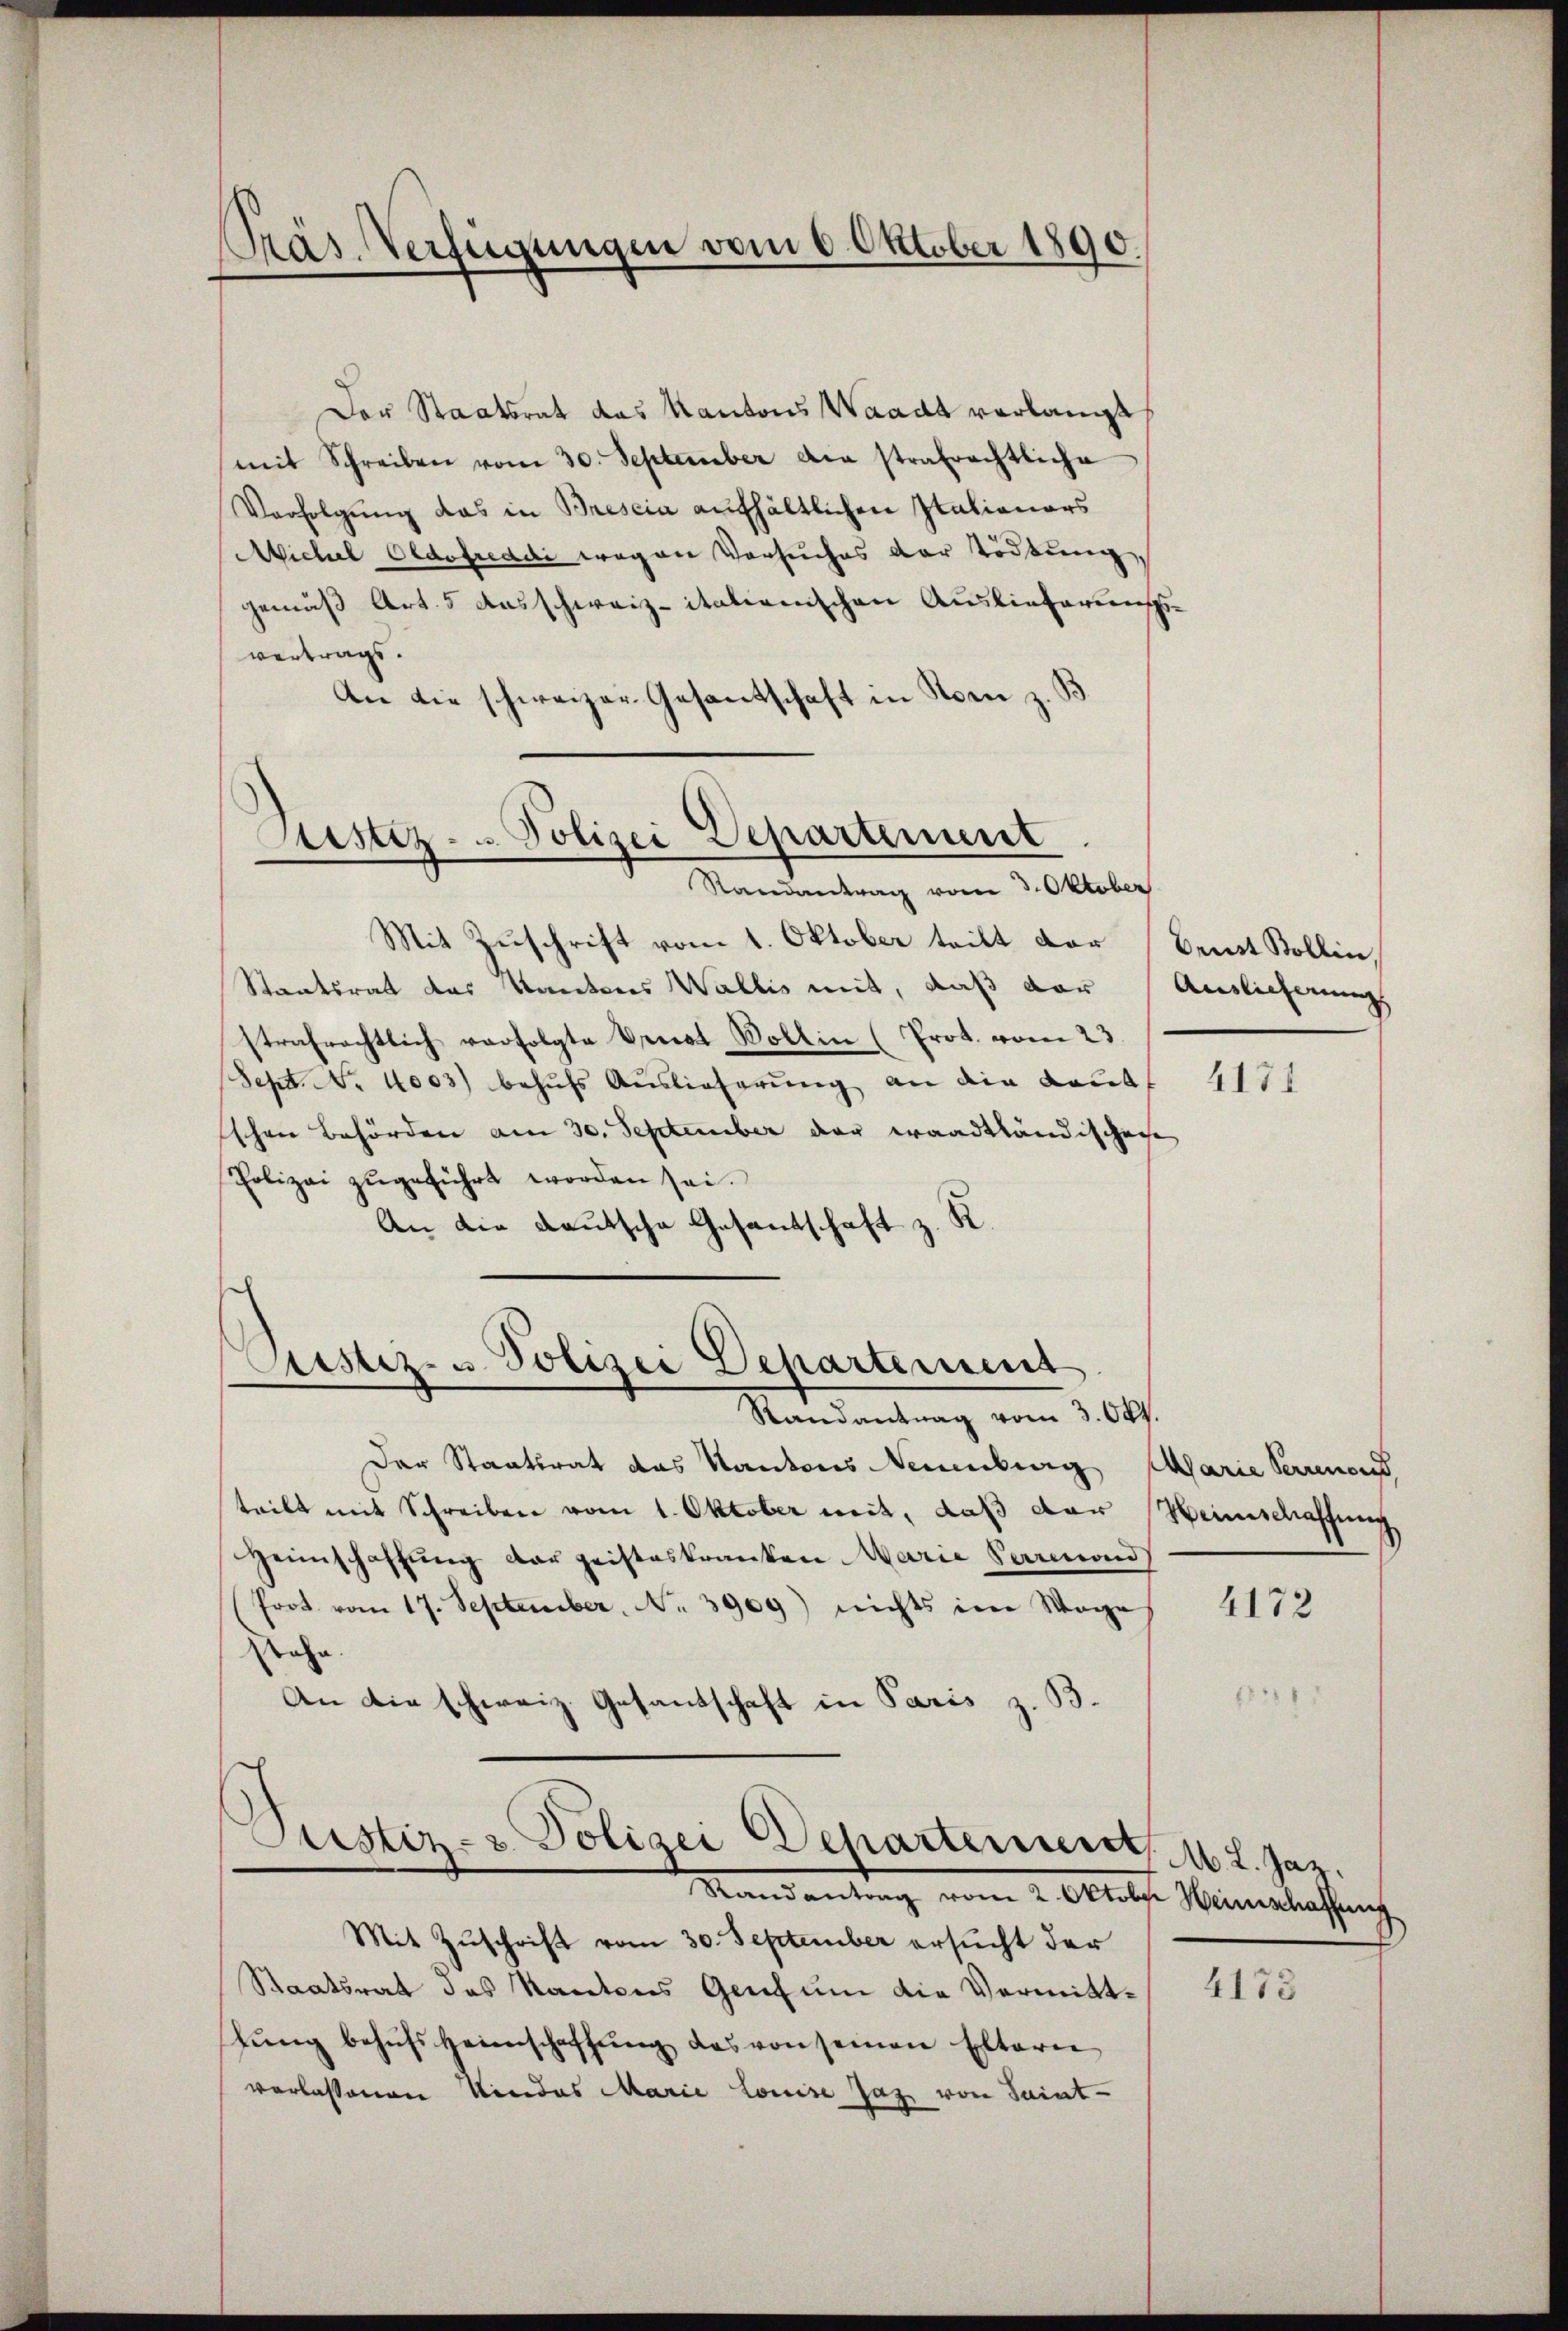
Präs. Verfügungen vom 6 Oktober 1890.

Der Staatsrat das Kantons Waadt verlangt
mit Schreiben vom 30. September die strafrechtliche
Verfolgung das in Brescia aufhältlichen Stationars
Wichel Oldofreadi wegen Versuches der Tödtung,
gemäß Art. 5 Ausschweiz-italienischen Auslieferungs-
vertrags.
An die schweizer Gesantschaft in Norm z. B.
Ristiz - Polizei Departement

Randantrag vom 3. Oktober

Justiz- u. Polizei Departement

Randantrag vom 3. Okt.
Der Staatsrat das Kantons Neuenburg Marie Perrenend
teilt mit Schreiben vom 1. Oktober mit, daß der Meinschaffung
Heimschaffung der geisteskranken Marie Parmond
Prot. vom 17. September No. 3909) nichts ein Wage
tahn.
An die schweiz. Gesandschaft in Paris z. B.

Justiz- & Polizei Departement
Randantrag vom 2. Oktober Heimschaffung

Mit Zuschrift vom 1. Oktober teilt der Beist Bollin,
Staatsrat des Kantons Wallis mit, daß der Auslieferung
strafrechtlich verfolgte Benat Vollin (Prot. vom 23.
Sept. No. 4003) behufs Auslieferung an die Kaut
schen Behörden am 30. September der waadtländischeche
Polizei zugeführt worden sei.
An die deutsche Gesandschaft z. R.

Mit Zuschrift vom 30. September ersucht der
Staatsrat des Kantons Gentum die Vermittgŭng behŭfs Heimschaffŭng das von seinen Eltern
verlassenen Niedes Marie Louise Jaz von Saint-

4171

4172

.
M. L. Jaz.

4173